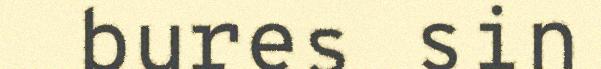
bures sin